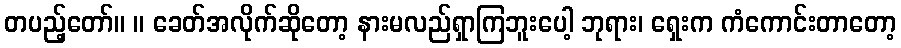
တပည့်တော်။ ။ ခေတ်အလိုက်ဆိုတော့ နားမလည်ရှာကြဘူးပေါ့ ဘုရား၊ ရှေးက ကံကောင်းတာတော့